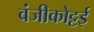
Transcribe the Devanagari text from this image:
वंजीकोट्टई